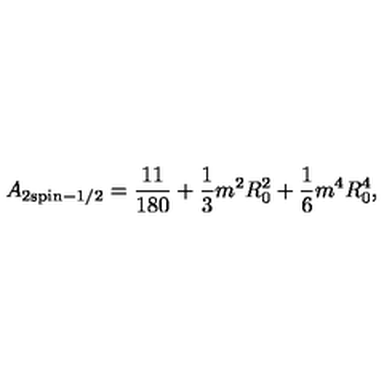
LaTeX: A _ { 2 \mathrm { { s p i n } } - 1 / 2 } = { \frac { 1 1 } { 1 8 0 } } + { \frac { 1 } { 3 } } m ^ { 2 } R _ { 0 } ^ { 2 } + { \frac { 1 } { 6 } } m ^ { 4 } R _ { 0 } ^ { 4 } ,